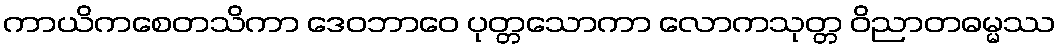
ကာယိကစေတသိကာ ဒေဝဘာဝေ ပုတ္တသောကာ လောကသုတ္တ ဝိညာတဓမ္မဿ